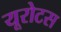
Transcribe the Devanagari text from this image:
यूरोटस